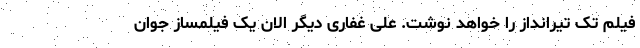
فیلم تک تیرانداز را خواهد نوشت. علی غفاری دیگر الان یک فیلمساز جوان